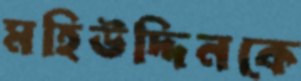
মহিউদ্দিনকে